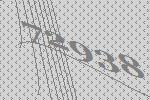
72938